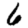
Digit: 6